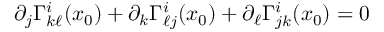
\begin{array} { r } { \partial _ { j } \Gamma _ { k \ell } ^ { i } ( x _ { 0 } ) + \partial _ { k } \Gamma _ { \ell j } ^ { i } ( x _ { 0 } ) + \partial _ { \ell } \Gamma _ { j k } ^ { i } ( x _ { 0 } ) = 0 } \end{array}